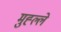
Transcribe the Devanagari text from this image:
मुह्ल्ले